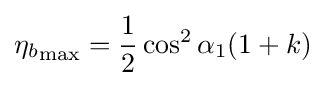
{\eta _{b}}_{\text{max}}={\frac {1}{2}}\cos ^{2}\alpha _{1}(1+k)